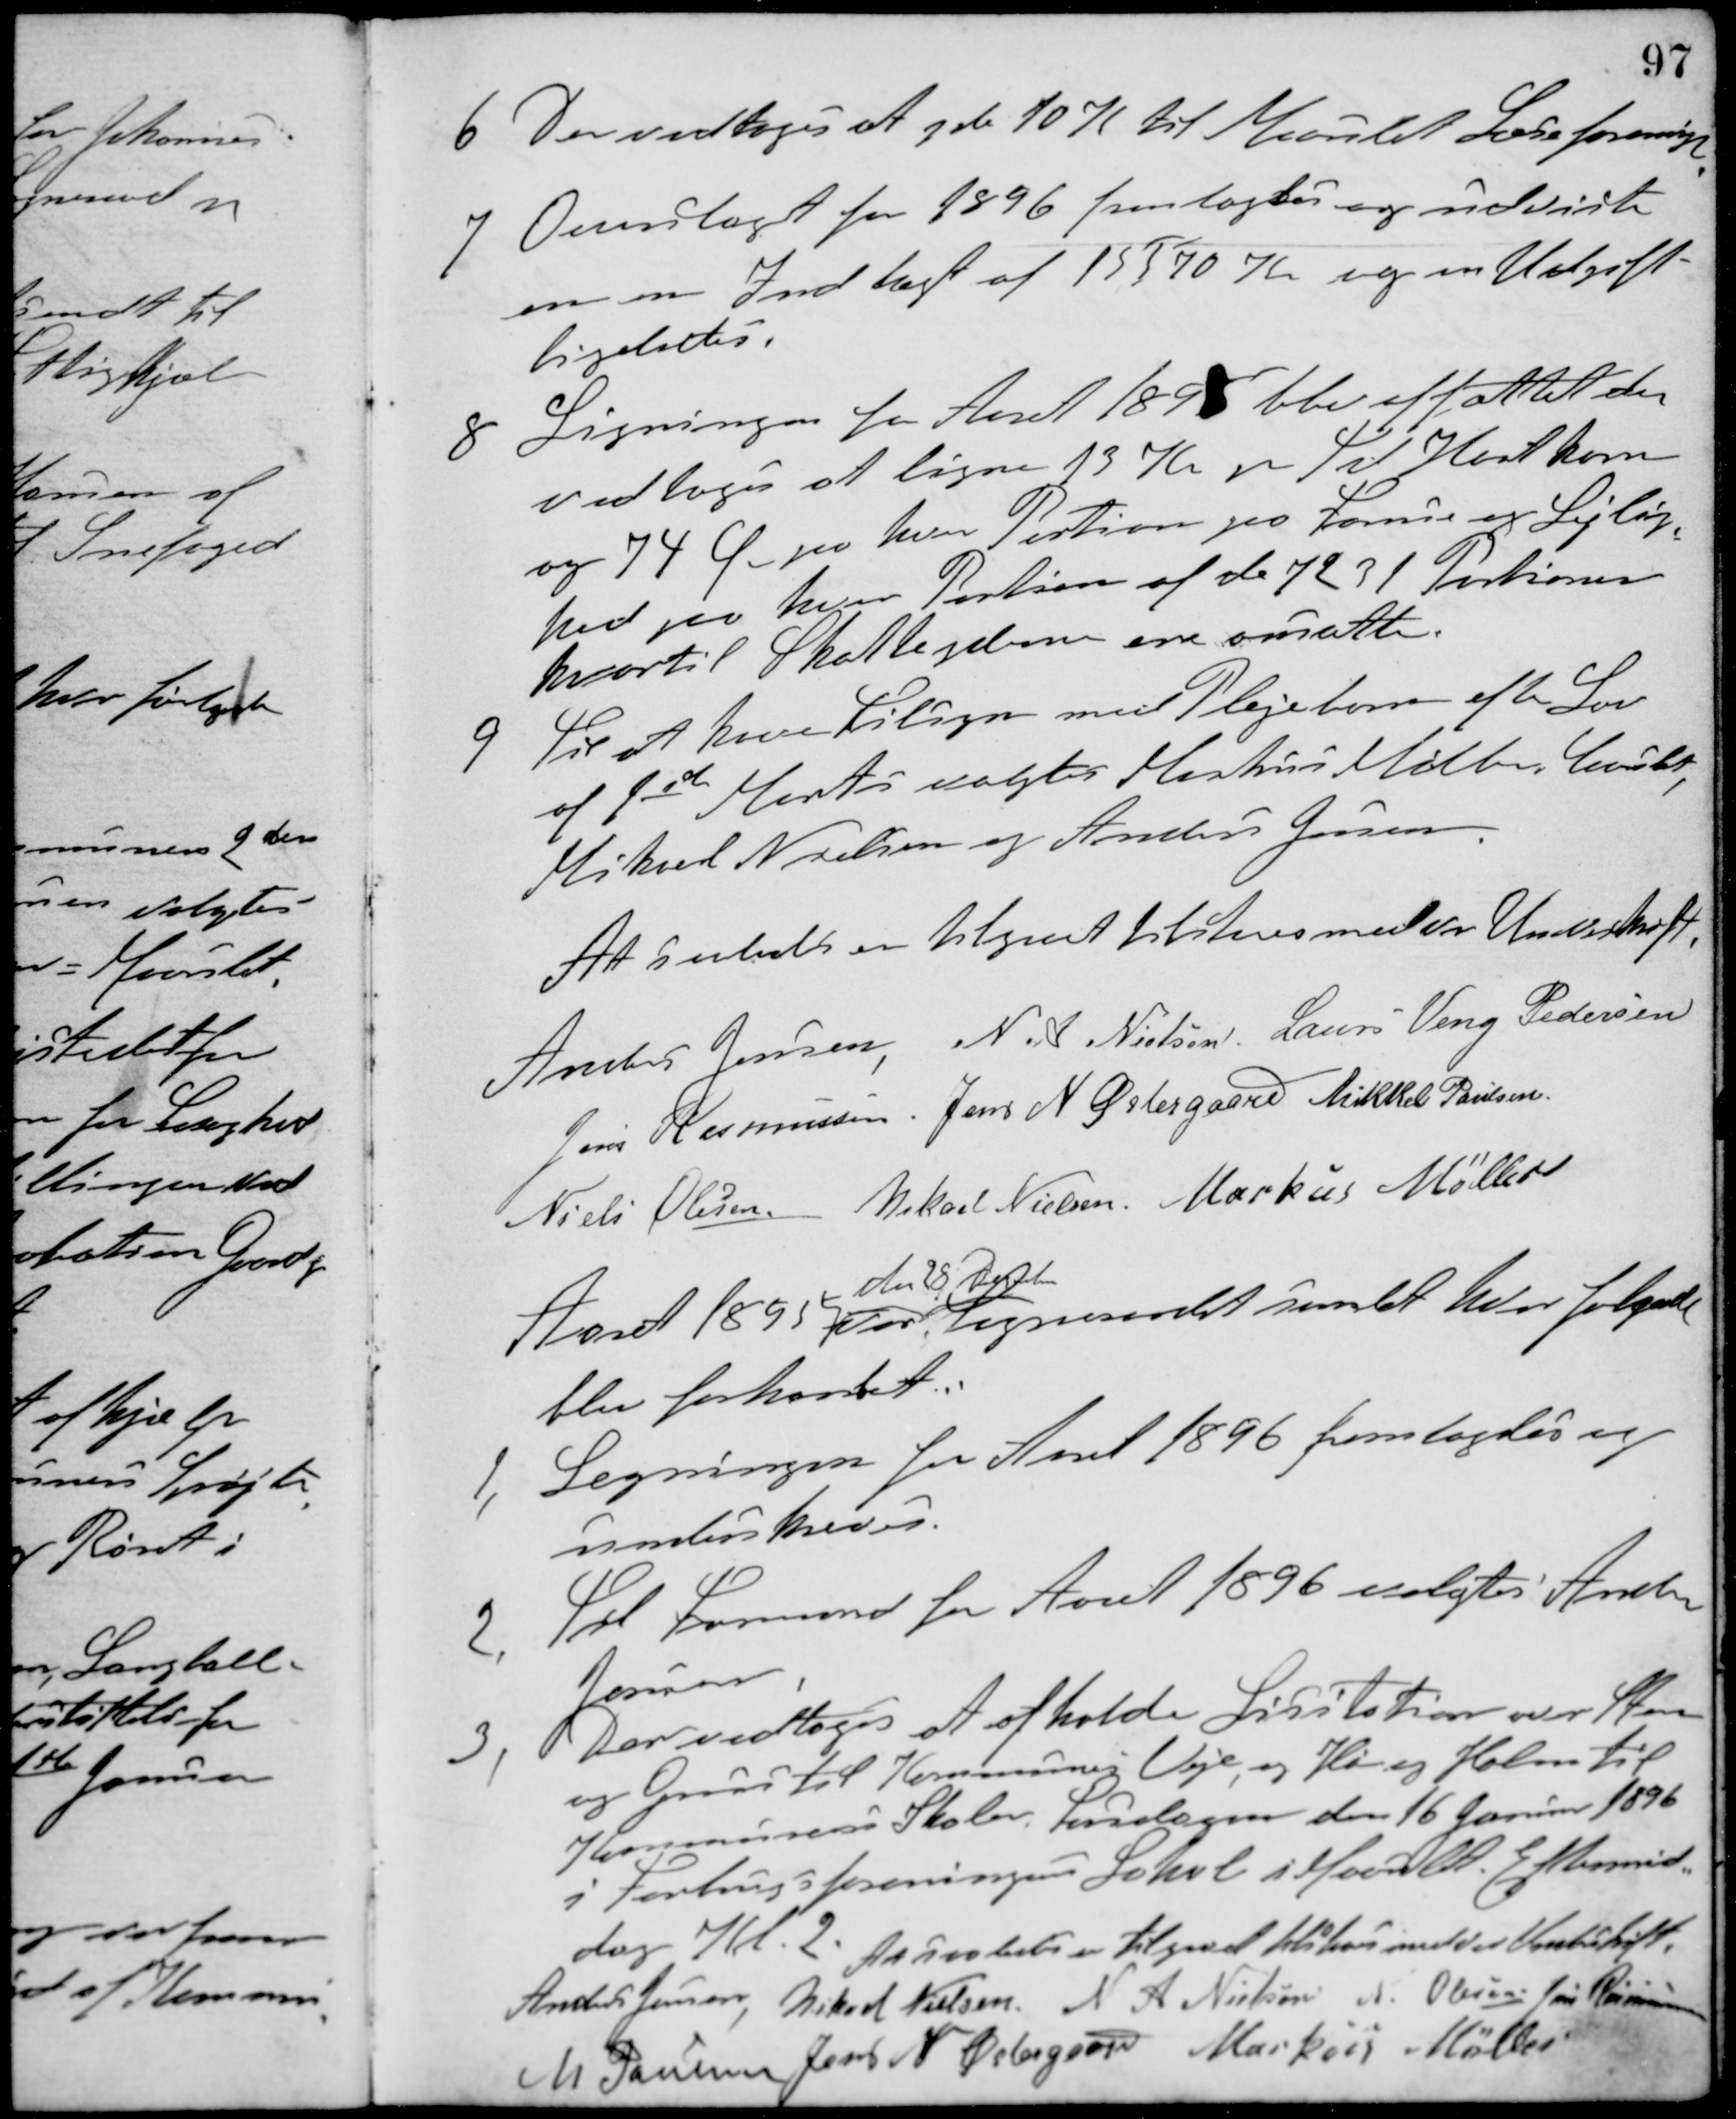
Transskription:
6. Der vedtoges at yde 10 K til Maarslet Læseforening
7. Overslaget for 1896 fremlagdes og udviste
en en Indtægt af 15570 Kr og en Udgift
ligeledes.
8. Ligningen for Aaret 1895 blev affattet der
vedtoges at ligne 13 Kr pr. Td. Hartkorn
og 74 Ø paa hver Portion paa Formue og Lejlig-
hed paa hver Portion af de 7231 Portioner
hvortil Skatteyderne ere ansatte.
9 Til at have Tilsyn med Plejebørn efter Lov
af 1ste Marts valgtes Markus Møller, Carl,
Mikael Nielsen og Anders Jensen
At saaledes er tilgaaet tilstaaes med vor Underskrift.
Anders Jensen N. A. Nielsen Laurs Veng Pedersen
Jens Rasmussen Jens N. Østergaard Mikkel Poulsen
Niels Olesen Mikael Nielsen Markus Møller
Aaret 1895
den 29 December
var Sogneraadet samlet hvor følgende
blev forhandlet:
1. Legningen for Aaret 1896 fremlagdes og
underskreves.
2. Til Formand for Aaret 1896 valgtes Anders
Jensen.
3. Der vedtoges at afholde Licitation over Sten
og Grus til Kommunens Veje, og Hø og Halm til
Kommunens Skoler, Torsdagen den 16 Januar 1896
i Forbrugsforeningens Lokale i Maarslet Eftermid-
dag Kl. 2. At saaledes er tilgaaet tilstaaes med vor Underskrift.
Anders Jensen Mikael Nielsen N. A. Nielsen N. Olesen Jens Rasmussen
M. Poulsen Jens N. Østergaard Markus Møller